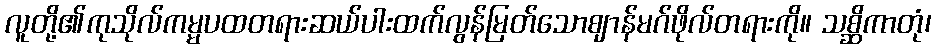
လူတို့၏ကုသိုလ်ကမ္မပထတရားဆယ်ပါးထက်လွန်မြတ်သောဈာန်မဂ်ဖိုလ်တရားကို။ သစ္ဆိကာတုံ၊